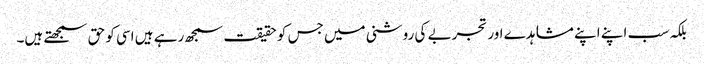
بلکہ سب اپنے اپنے مشاہدے اور تجربے کی روشنی میں جس کو حقیقت سمجھ رہے ہیں اسی کو حق سمجھتے ہیں۔